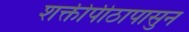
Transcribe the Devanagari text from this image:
शक्तीपीठापासुन